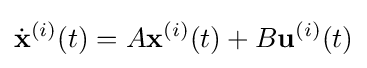
{\dot {\mathbf {x} }}^{(i)}(t)=A\mathbf {x} ^{(i)}(t)+B\mathbf {u} ^{(i)}(t)